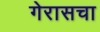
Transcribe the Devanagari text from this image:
गेरासचा